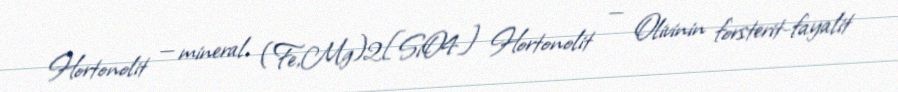
Hortonolit — mineral, (Fe,Mg)2[SiO4] Hortonolit — Olivinin forsterit-fayalit